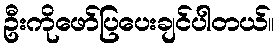
ဦးကိုဖော်ပြပေးချင်ပါတယ်။